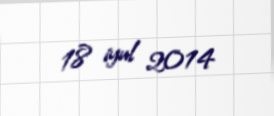
18 iyul 2014